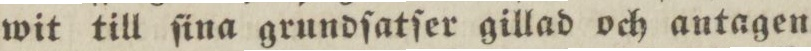
wit till ſina grundſatſer gillad och antagen